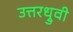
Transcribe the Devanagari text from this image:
उत्तरध्रुवी